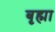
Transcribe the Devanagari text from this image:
बृह्मा